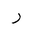
Letter: _ra